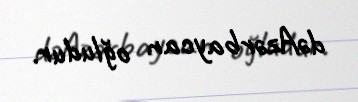
dəAzərbaycan oğludur.